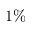
1 \%